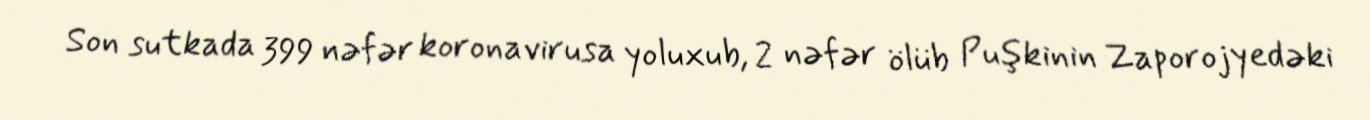
Son sutkada 399 nəfər koronavirusa yoluxub, 2 nəfər ölüb Puşkinin Zaporojyedəki